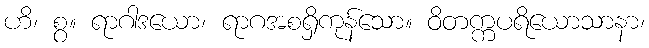
ဟိ၊ စွ။ ရာဂါဒယော၊ ရာဂအစရှိကုန်သော။ ဝိတက္ကပရိယောသာနာ၊